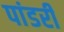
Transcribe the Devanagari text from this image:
पांडरी